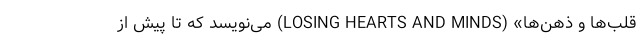
قلب‌ها و ذهن‌‌ها» (LOSING HEARTS AND MINDS) می‌نویسد که تا پیش از